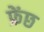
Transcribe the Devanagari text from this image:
फ्रेंछ